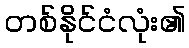
တစ်နိုင်ငံလုံး၏